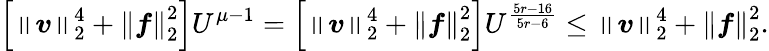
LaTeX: \left[\left\lVert\boldsymbol{\mathit{v}}\right\rVert_{2}^{4}+\left\lVert\boldsymbol{f}\right\rVert_{2}^{2}\right]U^{\mu-1}=\left[\left\lVert\boldsymbol{\mathit{v}}\right\rVert_{2}^{4}+\left\lVert\boldsymbol{f}\right\rVert_{2}^{2}\right]U^{\frac{{5r-16}}{{5r-6}}}\leq\left\lVert\boldsymbol{\mathit{v}}\right\rVert_{2}^{4}+\left\lVert\boldsymbol{f}\right\rVert_{2}^{2}.